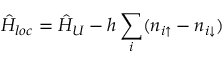
\hat { H } _ { l o c } = \hat { H } _ { U } - h \sum _ { i } ( n _ { i \uparrow } - n _ { i \downarrow } )